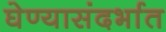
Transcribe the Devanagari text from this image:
घेण्यासंदर्भात